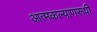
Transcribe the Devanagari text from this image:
आत्मकल्याणरूपी